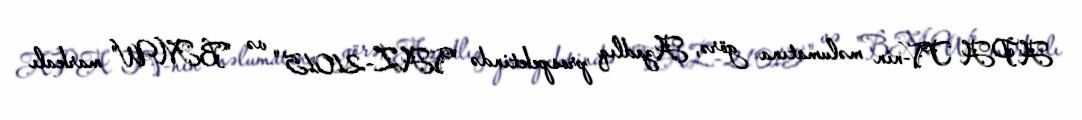
APA TV-nin məlumatına görə, Azadlıq prospektində "VAZ-21015" və "BMW" markalı